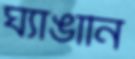
ঘ্যাঙানি